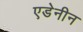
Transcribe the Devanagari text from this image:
एडेनीन